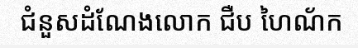
ជំនួសដំណែងលោក ជឺប ហៃណ័ក